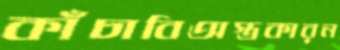
কাঁচাবিঅস্ত্রকারন